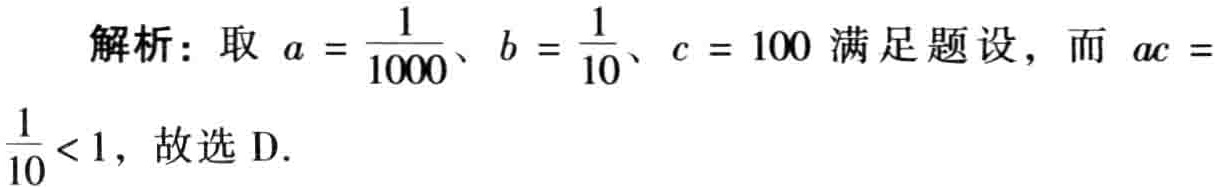
解析：取\(a = \frac{1}{1000}\)、\(b = \frac{1}{10}\)、\(c = 100\)满足题设，而 \(ac = \frac{1}{10}< 1\)，故选D.